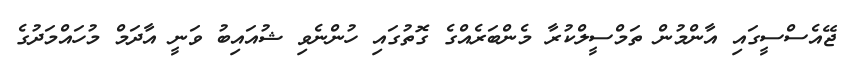
ޖޭއެސްސީގައި އާންމުން ތަމްސީލްކުރާ މެންބަރެއްގެ ގޮތުގައި ހުންނެވި ޝުއައިބު ވަނީ އާދަމް މުހައްމަދުގެ